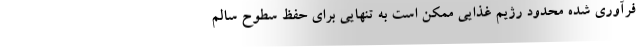
فرآوری شده محدود رژیم غذایی ممکن است به تنهایی برای حفظ سطوح سالم